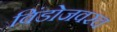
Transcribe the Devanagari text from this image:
विंडोजवरच